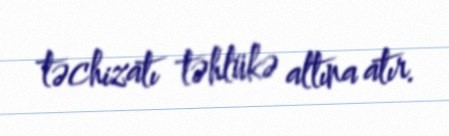
təchizatı təhlükə altına atır.